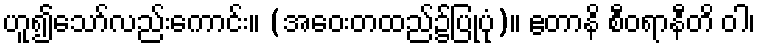
ဟူ၍သော်လည်းကောင်း။ (အဝေးတထည်၌ပြုပုံ)။ ဧတာနိ စီဝရာနီတိ ဝါ၊